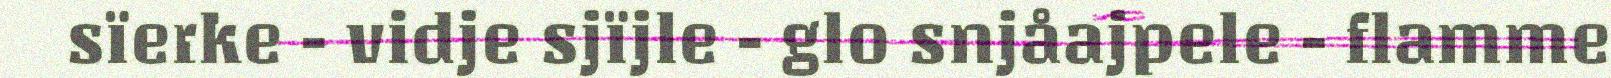
sïerke - vidje sjïjle - glo snjåajpele - flamme